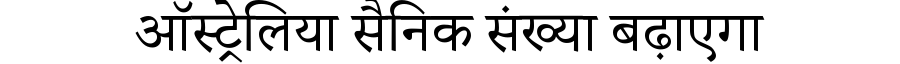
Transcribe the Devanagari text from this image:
ऑस्ट्रेलिया सैनिक संख्या बढ़ाएगा